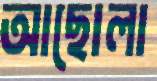
আছোলা